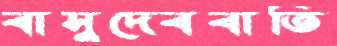
বাসুদেববাতি